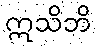
ဣသိဘိ